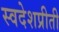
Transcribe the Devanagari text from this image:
स्वदेशप्रीती